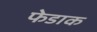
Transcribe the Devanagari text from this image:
फेडाक